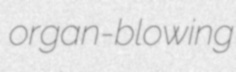
organ-blowing